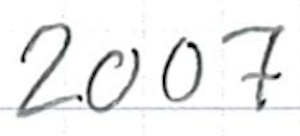
Text: 2007
Cross-out: clean
Writing tool: ballpoint